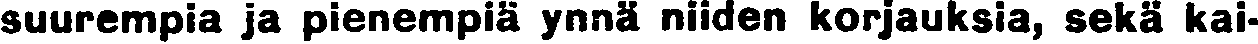
suurempia ja pienempiä ynnä niiden korjauksia, sekä kai-